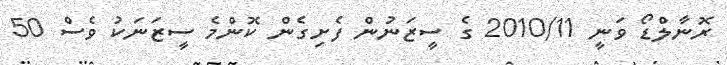
ރޮނާލްޑޯ ވަނީ 2010/11 ގެ ސީޒަނުން ފެށިގެން ކޮންމެ ސީޒަނަކު ވެސް 50